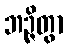
ဘဉ္ဇိတွာ